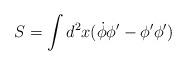
LaTeX: \begin{align*}S=\int d^2x (\dot\phi\phi' - \phi'\phi')\end{align*}